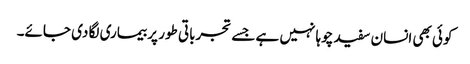
کوئی بھی انسان سفید چوہا نہیں ہے جسے تجرباتی طور پر بیماری لگا دی جائے۔